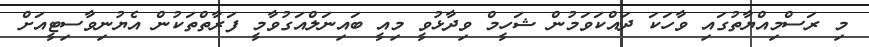
މި ރަސްމިއްޔާތުގައި ވާހަކަ ދައްކަވަމުން ޝަހީމް ވިދާޅުވީ މިއީ ބައިނަލްއަގުވާމީ ފަރާތްތަކުން އެޔުނިވާސިޓީއަށް